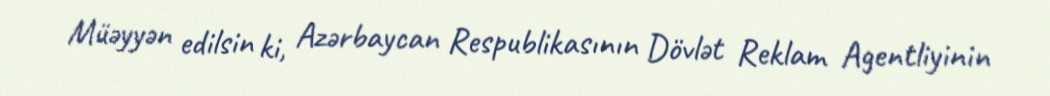
Müəyyən edilsin ki, Azərbaycan Respublikasının Dövlət Reklam Agentliyinin